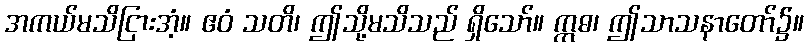
အကယ်မသိငြားအံ့။ ဧဝံ သတိ၊ ဤသို့မသိသည် ရှိသော်။ ဣဓ၊ ဤသာသနာတော်၌။